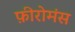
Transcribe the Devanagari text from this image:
फ़ीरोमंस